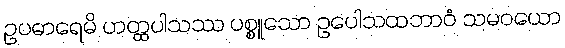
ဥပဓာရေမိ ဟတ္ထပါသဿ ပစ္စူသော ဥပေါသထဘာဝံ သမဝယော